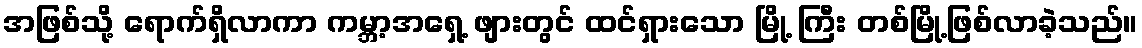
အဖြစ်သို့ ရောက်ရှိလာကာ ကမ္ဘာ့အရှေ့ ဖျားတွင် ထင်ရှားသော မြို့ ကြီး တစ်မြို့ဖြစ်လာခဲ့သည်။